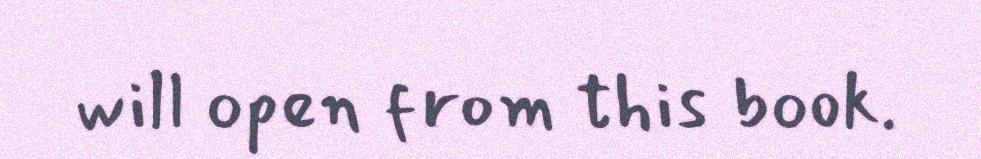
will open from this book.